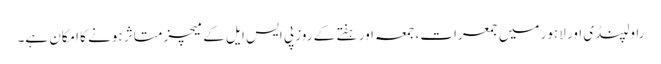
راولپنڈی اور لاہور میں جمعرات، جمعہ اور ہفتے کے روز پی ایس ایل کے میچز متاثر ہونے کا امکان ہے۔